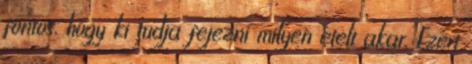
fontos, hogy ki tudja fejezni milyen ételt akar. Ezért